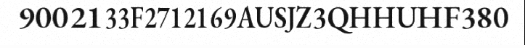
9002133F2712169AUSJZ3QHHUHF380